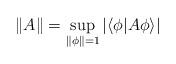
LaTeX: \begin{align*} \left\|A\right\|=\sup_{\left\|\phi\right\|=1}\left|\left\langle \phi|A\phi \right\rangle\right| \end{align*}